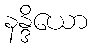
နန္ဒိယော